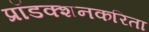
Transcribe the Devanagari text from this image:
प्रॉडक्शनकरिता